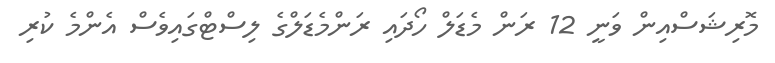
މޮރިޝަސްއިން ވަނީ 12 ރަން މެޑަލް ހޯދައި ރަންމެޑަލްގެ ލިސްޓްގައިވެސް އެންމެ ކުރި